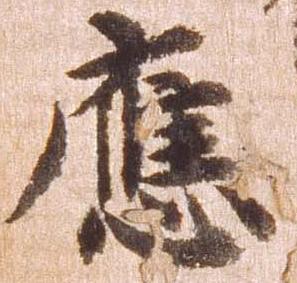
応